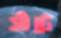
সাঁটে